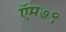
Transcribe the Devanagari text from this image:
ऍम७९